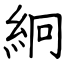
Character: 絅